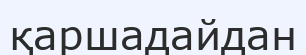
қаршадайдан